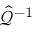
\hat { \mathcal { Q } } ^ { - 1 }